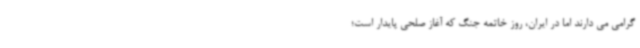
گرامی می دارند اما در ایران، روز خاتمه جنگ که آغاز صلحی پایدار است؛